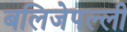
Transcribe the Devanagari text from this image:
बलिजेपल्ली